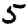
Digit: 5